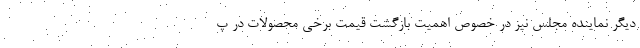
دیگر نماینده مجلس نیز در خصوص اهمیت بازگشت قیمت برخی محصولات در پ